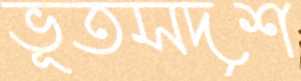
ভূতসদৃশ